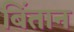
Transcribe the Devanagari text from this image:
बिंतान